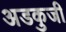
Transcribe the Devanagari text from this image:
अडकुजी